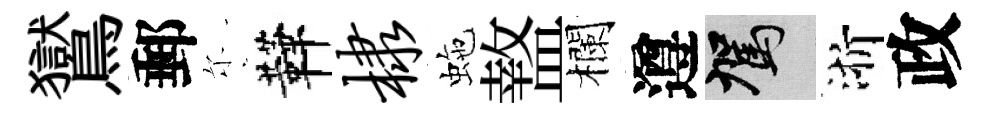
鸑郵尓鞾棣虵盩欄遵駕浙政